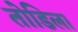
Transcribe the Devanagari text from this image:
तोडिला